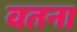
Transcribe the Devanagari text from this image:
वतना